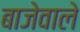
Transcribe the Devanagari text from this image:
बाजेवाले